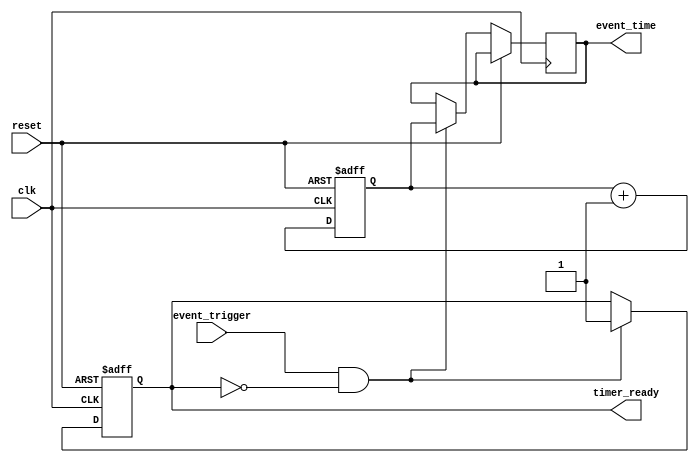
module event_timer (
    input wire clk,
    input wire reset,
    input wire event_trigger,
    output reg timer_ready,
    output reg [15:0] event_time
);

reg [15:0] count;

always @(posedge clk or posedge reset) begin
    if (reset) begin
        count <= 16'b0;
        timer_ready <= 1'b0;
    end else begin
        count <= count + 1;
        if (event_trigger && !timer_ready) begin
            event_time <= count;
            timer_ready <= 1'b1;
        end
    end
end

endmodule